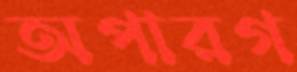
অপারগ